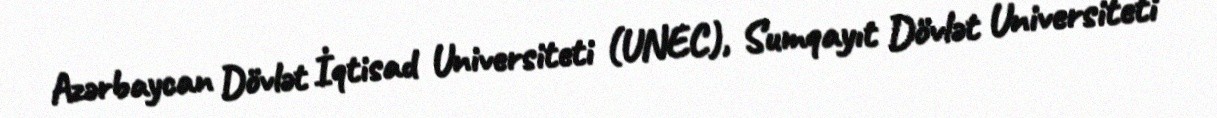
Azərbaycan Dövlət İqtisad Universiteti (UNEC), Sumqayıt Dövlət Universiteti